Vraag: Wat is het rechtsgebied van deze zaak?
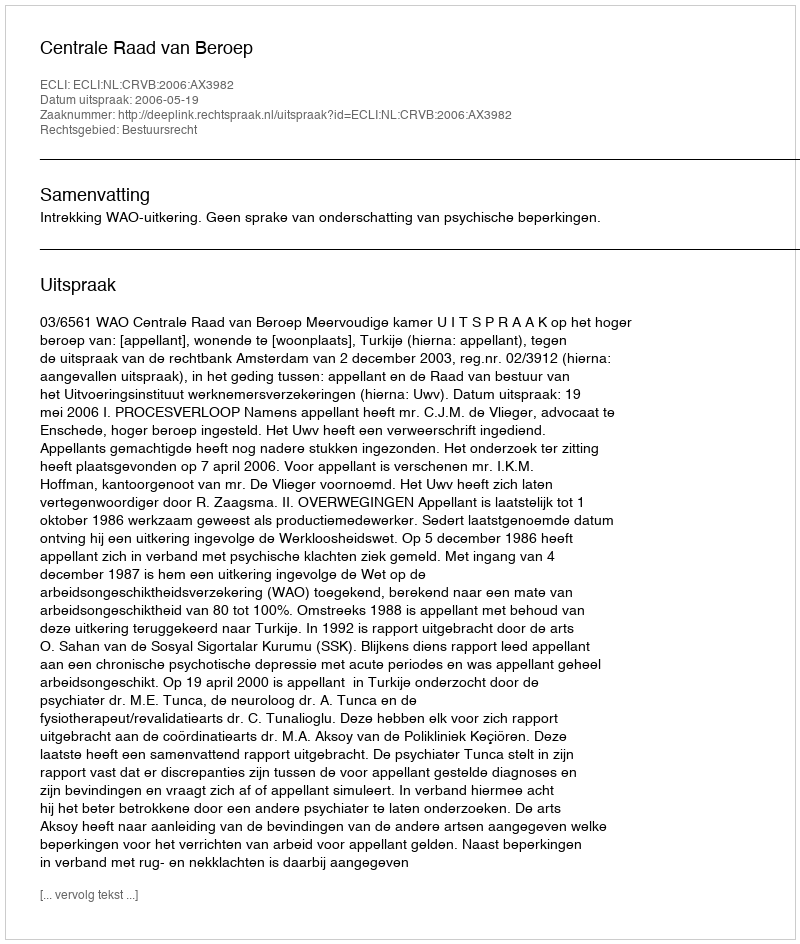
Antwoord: Bestuursrecht